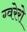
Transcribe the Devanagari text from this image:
ग्वरेरो